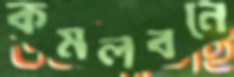
কমলবনে